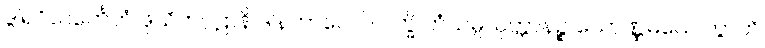
ဒွါရဝိသင်္ကေတံ ဖုသိတဂ္ဂဠာနိ ဒါနကာလေပိ ပက္ခိ တံသမ္ပယုတ္တာနဉ္စ သောဏ္ဏမယေ ကွာတိ